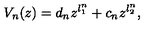
V _ { n } ( z ) = d _ { n } z ^ { l _ { 1 } ^ { n } } + c _ { n } z ^ { l _ { 2 } ^ { n } } ,